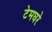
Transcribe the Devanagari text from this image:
टेमघरे